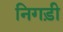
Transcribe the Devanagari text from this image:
निगड़ी